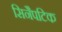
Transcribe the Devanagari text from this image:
सिनैपटिक